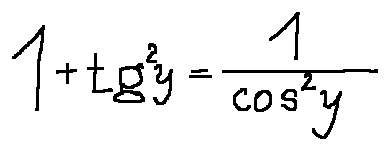
1 + \tan ^ { 2 } y = \frac { 1 } { \cos ^ { 2 } y }